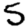
Digit: 5